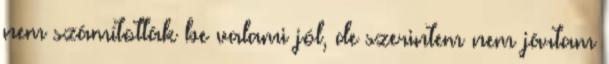
nem számították be valami jól, de szerintem nem jártam